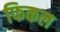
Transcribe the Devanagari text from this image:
फिकल